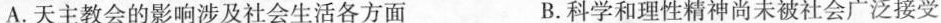
A.天主教会的影响涉及社会生活各方面 B.科学和理性精神尚未被社会广泛接受